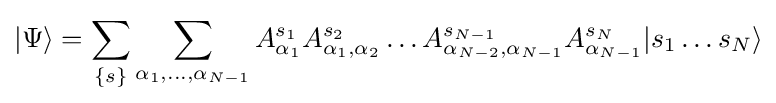
|\Psi \rangle =\sum _{\{s\}}\sum _{\alpha _{1},\ldots ,\alpha _{N-1}}A_{\alpha _{1}}^{s_{1}}A_{\alpha _{1},\alpha _{2}}^{s_{2}}\ldots A_{\alpha _{N-2},\alpha _{N-1}}^{s_{N-1}}A_{\alpha _{N-1}}^{s_{N}}|s_{1}\ldots s_{N}\rangle